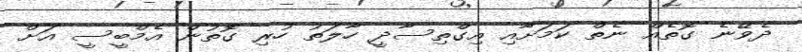
ދެވޭނެ ގޮތެއް ނެތް ކަމަށާއި އިގްތިސާދީ ހާލަތު ހުރި ގޮތުން އެމްބީސީ އަށް